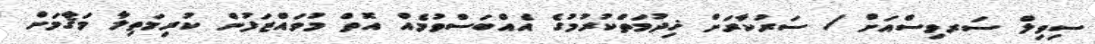
ސިވިލް ސަރވިސްއަށް / ސަރުކާރަށް ޚިދުމަތްކުރުމުގެ އެއްބަސްވުމެއް އޮތް މުވައްޒަފުން ކުރިމަތިލާ މަޤާމަށް